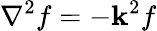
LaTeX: \nabla^{2}f=-\mathbf{k}^{2}f